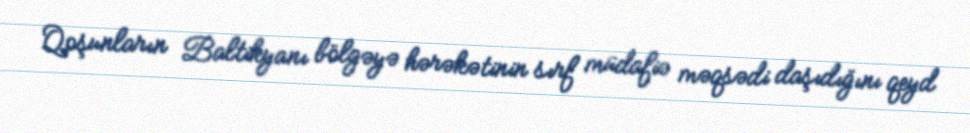
Qoşunların Baltikyanı bölgəyə hərəkətinin sırf müdafiə məqsədi daşıdığını qeyd